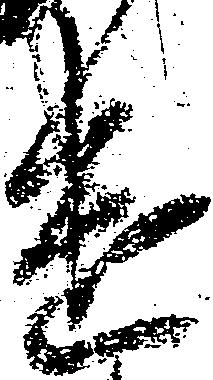
遣